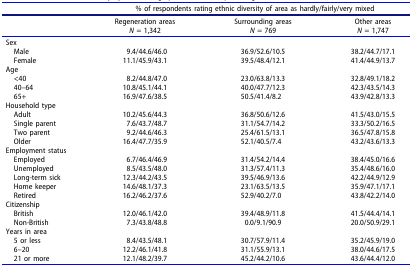
<table><thead><tr><td><b> </b></td><td colspan="3"><b>% of respondents rating ethnic diversity of area as hardly/fairly/very mixed</b></td></tr><tr><td><b> </b></td><td><b>Regeneration areas<i>N</i> = 1,342</b></td><td><b>Surrounding areas<i>N</i> = 769</b></td><td><b>Other areas<i>N</i> = 1,747</b></td></tr></thead><tbody><tr><td>Sex</td><td> </td><td> </td><td> </td></tr><tr><td> Male</td><td>9.4/44.6/46.0</td><td>36.9/52.6/10.5</td><td>38.2/44.7/17.1</td></tr><tr><td> Female</td><td>11.1/45.9/43.1</td><td>39.5/48.4/12.1</td><td>41.4/44.9/13.7</td></tr><tr><td>Age</td><td> </td><td> </td><td> </td></tr><tr><td> &lt;40</td><td>8.2/44.8/47.0</td><td>23.0/63.8/13.3</td><td>32.8/49.1/18.2</td></tr><tr><td> 40–64</td><td>10.8/45.1/44.1</td><td>40.0/47.7/12.3</td><td>42.3/43.5/14.3</td></tr><tr><td> 65+</td><td>16.9/47.6/38.5</td><td>50.5/41.4/8.2</td><td>43.9/42.8/13.3</td></tr><tr><td>Household type</td><td> </td><td> </td><td> </td></tr><tr><td> Adult</td><td>10.2/45.6/44.3</td><td>36.8/50.6/12.6</td><td>41.5/43.0/15.5</td></tr><tr><td> Single parent</td><td>7.6/43.7/48.7</td><td>31.1/54.7/14.2</td><td>33.3/50.2/16.5</td></tr><tr><td> Two parent</td><td>9.2/44.6/46.3</td><td>25.4/61.5/13.1</td><td>36.5/47.8/15.8</td></tr><tr><td> Older</td><td>16.4/47.7/35.9</td><td>52.1/40.5/7.4</td><td>43.2/43.6/13.3</td></tr><tr><td>Employment status</td><td> </td><td> </td><td> </td></tr><tr><td> Employed</td><td>6.7/46.4/46.9</td><td>31.4/54.2/14.4</td><td>38.4/45.0/16.6</td></tr><tr><td> Unemployed</td><td>8.5/43.5/48.0</td><td>31.3/57.4/11.3</td><td>35.4/48.6/16.0</td></tr><tr><td> Long-term sick</td><td>12.3/44.2/43.5</td><td>39.5/46.9/13.6</td><td>42.2/44.9/12.9</td></tr><tr><td> Home keeper</td><td>14.6/48.1/37.3</td><td>23.1/63.5/13.5</td><td>35.9/47.1/17.1</td></tr><tr><td> Retired</td><td>16.2/46.2/37.6</td><td>52.9/40.2/7.0</td><td>43.8/42.2/14.0</td></tr><tr><td>Citizenship</td><td> </td><td> </td><td> </td></tr><tr><td> British</td><td>12.0/46.1/42.0</td><td>39.4/48.9/11.8</td><td>41.5/44.4/14.1</td></tr><tr><td> Non-British</td><td>7.3/43.8/48.8</td><td>0.0/9.1/90.9</td><td>20.0/50.9/29.1</td></tr><tr><td>Years in area</td><td> </td><td> </td><td> </td></tr><tr><td> 5 or less</td><td>8.4/43.5/48.1</td><td>30.7/57.9/11.4</td><td>35.2/45.9/19.0</td></tr><tr><td> 6–20</td><td>12.2/46.1/41.8</td><td>31.1/55.9/13.1</td><td>38.0/44.6/17.5</td></tr><tr><td> 21 or more</td><td>12.1/48.2/39.7</td><td>45.2/44.2/10.6</td><td>43.6/44.4/12.0</td></tr></tbody></table>